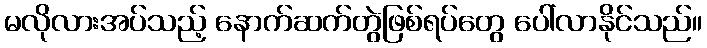
မလိုလားအပ်သည့် နောက်ဆက်တွဲဖြစ်ရပ်တွေ ပေါ်လာနိုင်သည်။